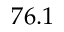
7 6 . 1